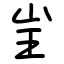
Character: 㞷